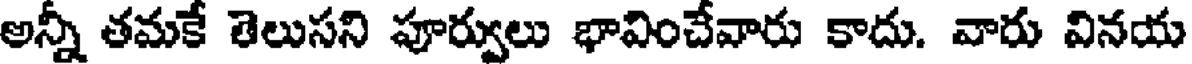
అన్నీ తమకే తెలుసని పూర్వులు భావించేవారు కాదు. వారు వినయ